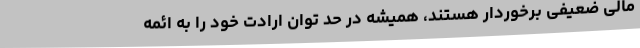
مالی ضعیفی برخوردار هستند، همیشه در حد توان ارادت خود را به ائمه